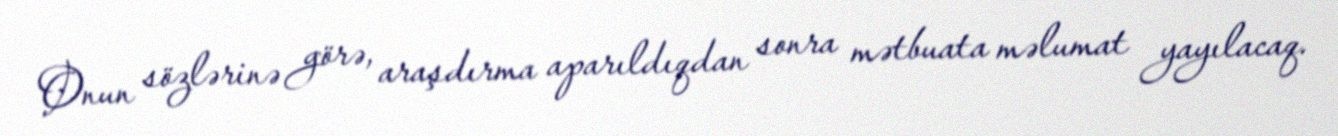
Onun sözlərinə görə, araşdırma aparıldıqdan sonra mətbuata məlumat yayılacaq.